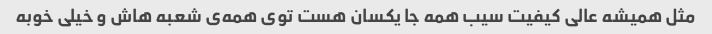
مثل همیشه عالی کیفیت سیب همه جا یکسان هست توی همه‌ی شعبه هاش و خیلی خوبه